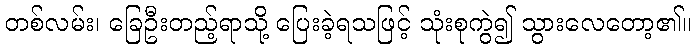
တစ်လမ်း၊ ခြေဦးတည့်ရာသို့ ပြေးခဲ့ရသဖြင့် သုံးစုကွဲ၍ သွားလေတော့၏။